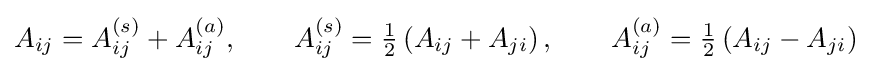
A_{ij}=A_{ij}^{(s)}+A_{ij}^{(a)},\qquad A_{ij}^{(s)}={\tfrac {1}{2}}\left(A_{ij}+A_{ji}\right),\qquad A_{ij}^{(a)}={\tfrac {1}{2}}\left(A_{ij}-A_{ji}\right)